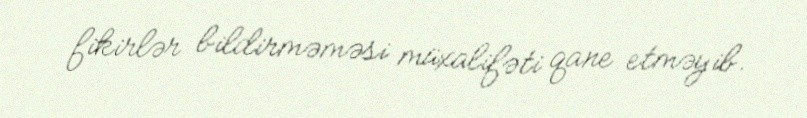
fikirlər bildirməməsi müxalifəti qane etməyib.